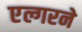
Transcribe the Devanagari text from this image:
एल्गरने